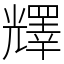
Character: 𠓋